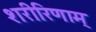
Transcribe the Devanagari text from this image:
शरीरिणाम्